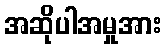
အဆိုပါအမှုအား